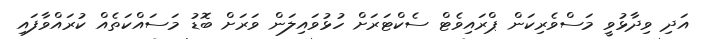
އަދި ވިދާޅުވީ މަސްވެރިކަން ޕްރައިވެޓް ސެކްޓަރަށް ހުޅުވައިލަން ވަރަށް ބޮޑު މަސައްކަތެއް ކުރައްވާފައި